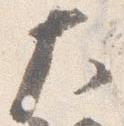
大